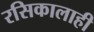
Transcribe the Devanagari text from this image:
रसिकालाही